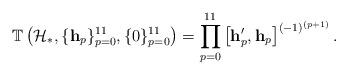
LaTeX: \begin{align*}\mathbb{T}\left( \mathcal{H}_{\ast},\{\mathbf{h}_p\}_{p=0}^{11},\{0\}_{p=0}^{11}\right) =\prod_{p=0}^{11} \left[\mathbf{h}'_p, \mathbf{h}_p\right]^{(-1)^{(p+1)}}.\end{align*}